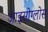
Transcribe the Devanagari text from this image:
आइसोग्लोस